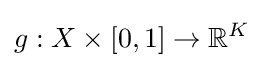
g:X\times \left[0,1\right]\rightarrow \mathbb {R} ^{K}